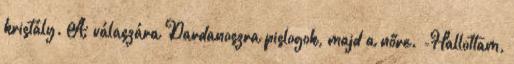
kristály. A válaszára Dardanoszra pislogok, majd a nőre. -Hallottam,